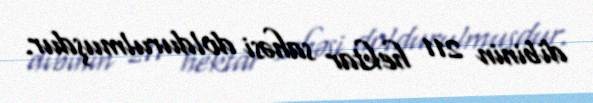
dibinin 211 hektar sahəsi doldurulmuşdur.